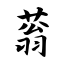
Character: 蓊